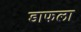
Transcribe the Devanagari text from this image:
डाफला